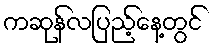
ကဆုန်လပြည့်နေ့တွင်